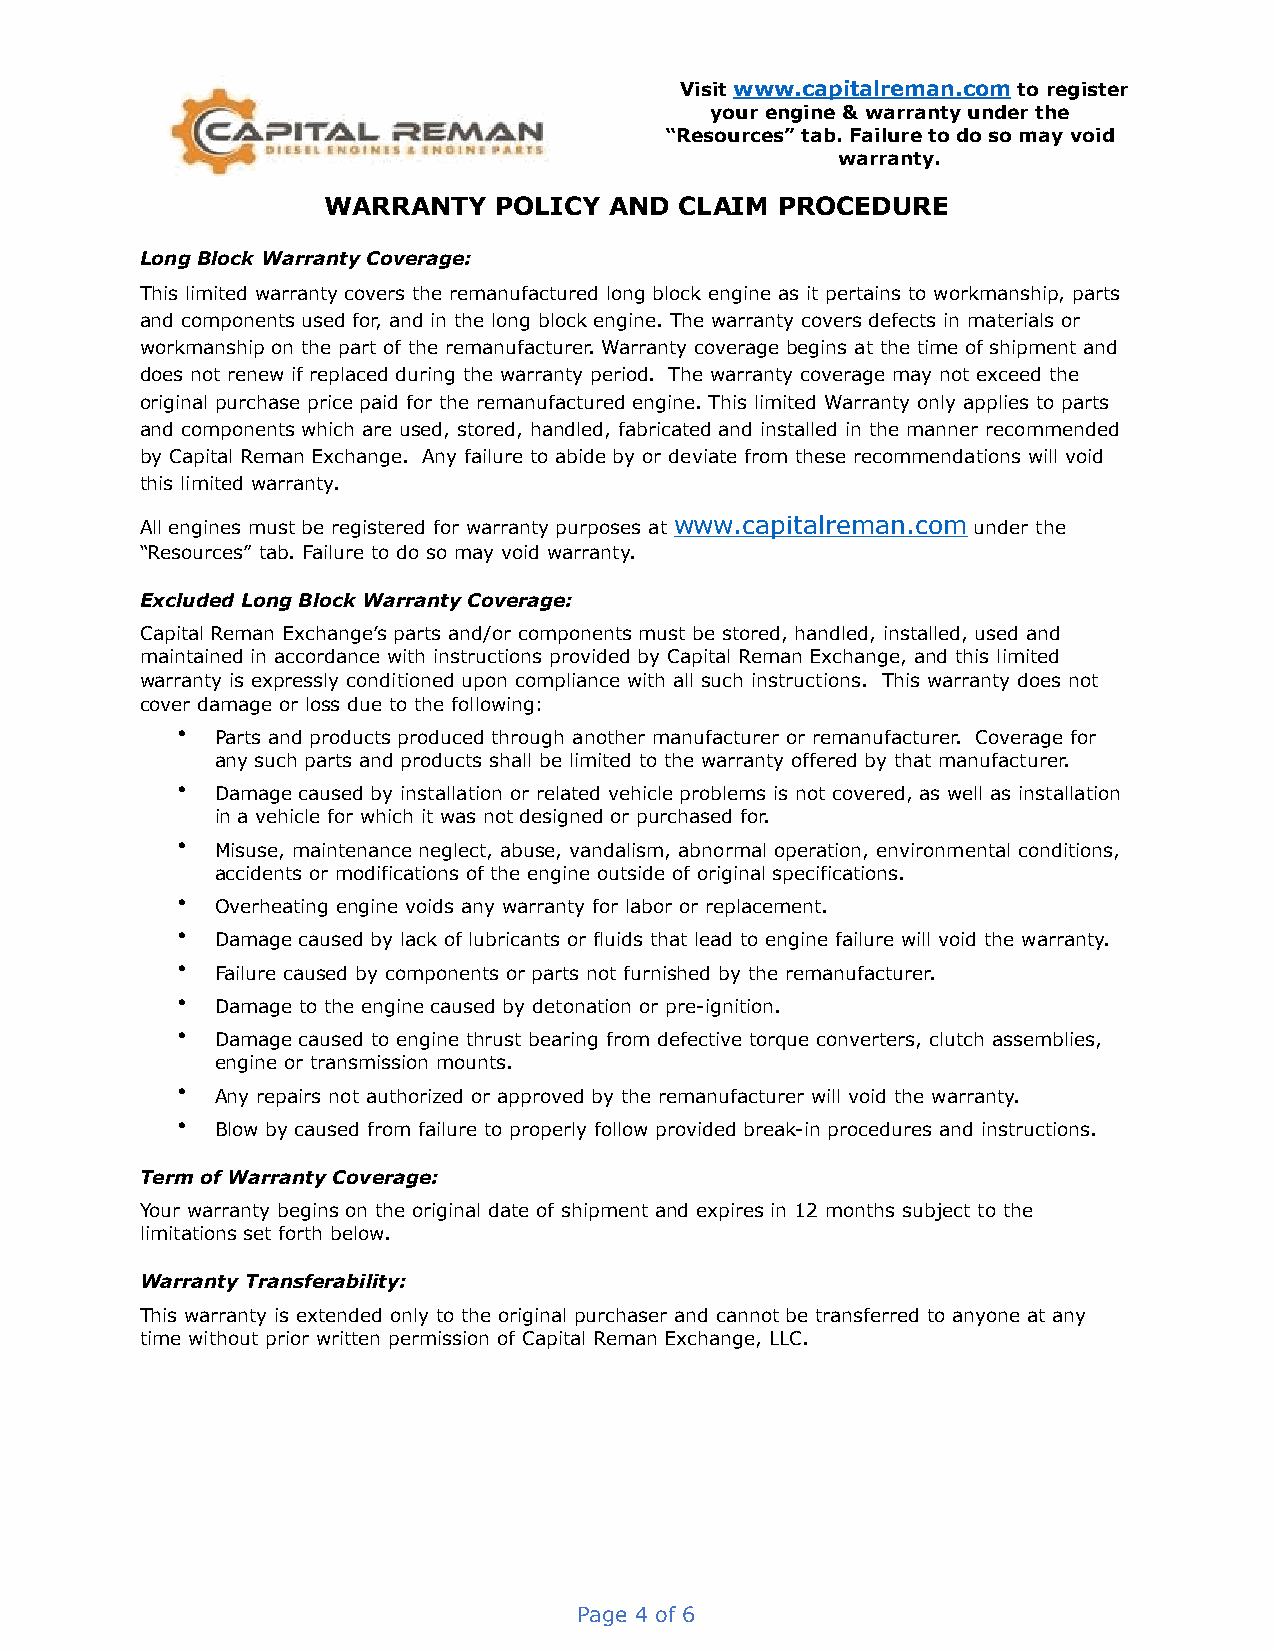
Visit www.capitalreman.com to register
 your engine & warranty under the
 “Resources” tab. Failure to do so may void
 warranty.
 WARRANTY    POLICY AND  CLAIM PROCEDURE
 Long Block Warranty Coverage:
 This limited warranty covers the remanufactured long block engine as it pertains to workmanship, parts
 and components used for, and in the long block engine. The warranty covers defects in materials or
 workmanship on the part of the remanufacturer. Warranty coverage begins at the time of shipment and
 does not renew if replaced during the warranty period. The warranty coverage may not exceed the
 original purchase price paid for the remanufactured engine. This limited Warranty only applies to parts
 and components which are used, stored, handled, fabricated and installed in the manner recommended
 by Capital Reman Exchange. Any failure to abide by or deviate from these recommendations will void
 this limited warranty.
 All engines must be registered for warranty purposes at www.capitalreman.com under the
 “Resources” tab. Failure to do so may void warranty.
 Excluded Long Block Warranty Coverage:
 Capital Reman Exchange’s parts and/or components must be stored, handled, installed, used and
 maintained in accordance with instructions provided by Capital Reman Exchange, and this limited
 warranty is expressly conditioned upon compliance with all such instructions. This warranty does not
 cover damage or loss due to the following:
 • Parts and products produced through another manufacturer or remanufacturer. Coverage for
 any such parts and products shall be limited to the warranty offered by that manufacturer.
 • Damage caused by installation or related vehicle problems is not covered, as well as installation
 in a vehicle for which it was not designed or purchased for.
 • Misuse, maintenance neglect, abuse, vandalism, abnormal operation, environmental conditions,
 accidents or modifications of the engine outside of original specifications.
 • Overheating engine voids any warranty for labor or replacement.
 • Damage caused by lack of lubricants or fluids that lead to engine failure will void the warranty.
 • Failure caused by components or parts not furnished by the remanufacturer.
 • Damage to the engine caused by detonation or pre-ignition.
 • Damage caused to engine thrust bearing from defective torque converters, clutch assemblies,
 engine or transmission mounts.
 • Any repairs not authorized or approved by the remanufacturer will void the warranty.
 • Blow by caused from failure to properly follow provided break-in procedures and instructions.
 Term of Warranty Coverage:
 Your warranty begins on the original date of shipment and expires in 12 months subject to the
 limitations set forth below.
 Warranty Transferability:
 This warranty is extended only to the original purchaser and cannot be transferred to anyone at any
 time without prior written permission of Capital Reman Exchange, LLC.
 Page 4 of 6